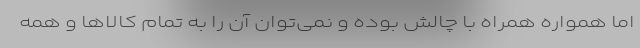
اما همواره همراه با چالش بوده و نمی‌توان آن را به تمام کالاها و همه